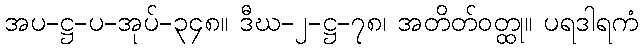
အပ-ဋ္ဌ-ပ-အုပ်-၃၄၈။ ဒီဃ-၂-ဋ္ဌ-၇၈၊ အတိတ်ဝတ္ထု။ ပရဒါရကံ